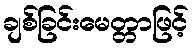
ချစ်ခြင်းမေတ္တာဖြင့်